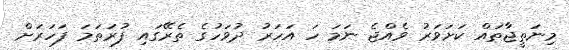
މިނަތީޖާތައް ކަށަވަރު ވެއްޖެ ނަމަ ހަ އަހަރު ދުވަހުގެ ތެރޭގައި ފުރަތަމަ ފަހަރަށް